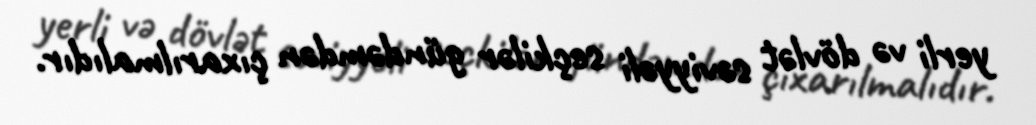
yerli və dövlət səviyyəli seçkilər gündəmdən çıxarılmalıdır.